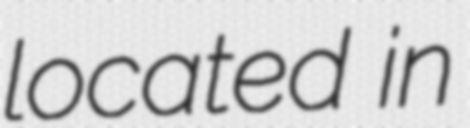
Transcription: located in